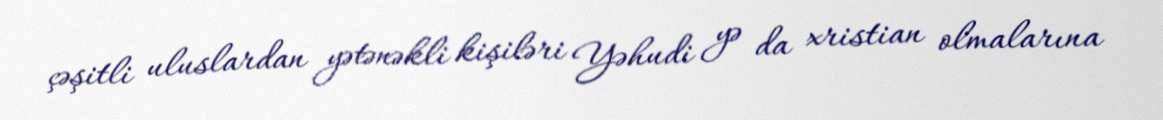
çəşitli uluslardan yətənəkli kişiləri Yəhudi yə da xristian olmalarına